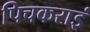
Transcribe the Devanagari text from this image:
पिचकराइं